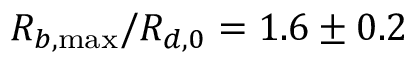
R _ { b , \operatorname* { m a x } } / R _ { d , 0 } = 1 . 6 \pm 0 . 2